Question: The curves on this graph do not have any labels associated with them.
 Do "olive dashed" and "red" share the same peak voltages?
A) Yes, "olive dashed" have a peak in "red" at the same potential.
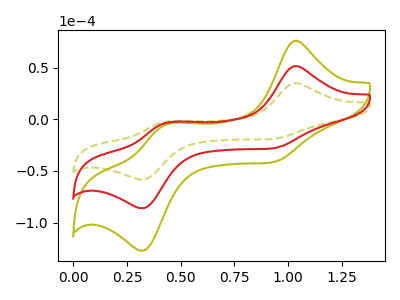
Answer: <think>The olive dashed curve "olive dashed" has anodic peaks at (1.05V, 34.80uA) (0.45V, -2.30uA) and cathodic peaks at (0.90V, -19.25uA) (0.35V, -58.30uA). The olive curve "olive" has anodic peaks at (1.05V, 102.75uA) (0.45V, -6.80uA) and cathodic peaks at (0.90V, -56.85uA) (0.35V, -172.20uA). The red curve "red" has anodic peaks at (1.05V, 51.35uA) (0.45V, -3.40uA) and cathodic peaks at (0.90V, -28.45uA) (0.35V, -86.10uA).</think>
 <answer>A) Yes, "olive dashed" have a peak in "red" at the same potential.</answer>
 <eval>A</eval>